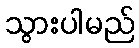
သွားပါမည်